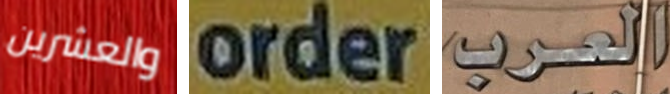
والعشرين order العرب